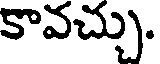
కావచ్చు.